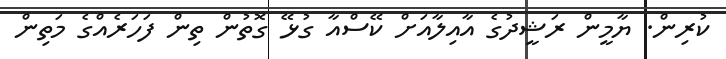
ކުރިން. ޔާމީން ރަޝީދުގެ އާއިލާއަށް ކޭސްއާ ގުޅޭ ގޮތުން ތިން ފަހަރެއްގެ މަތިން